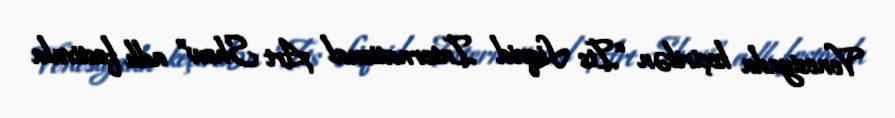
Venesiyada keçirilən “Its Liquid International Art Show” adlı festivala